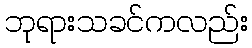
ဘုရားသခင်ကလည်း